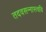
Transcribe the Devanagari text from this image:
तदवसन्नास्त्वयि